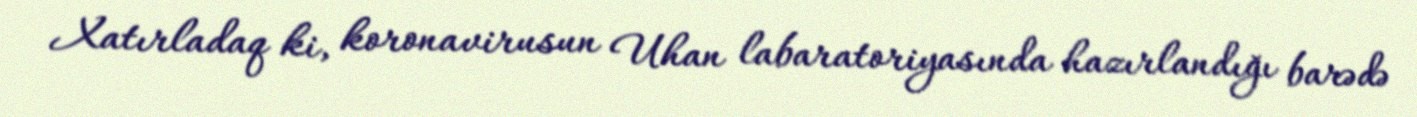
Xatırladaq ki, koronavirusun Uhan labaratoriyasında hazırlandığı barədə